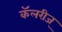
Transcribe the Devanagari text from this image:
कॅलरीज्‌